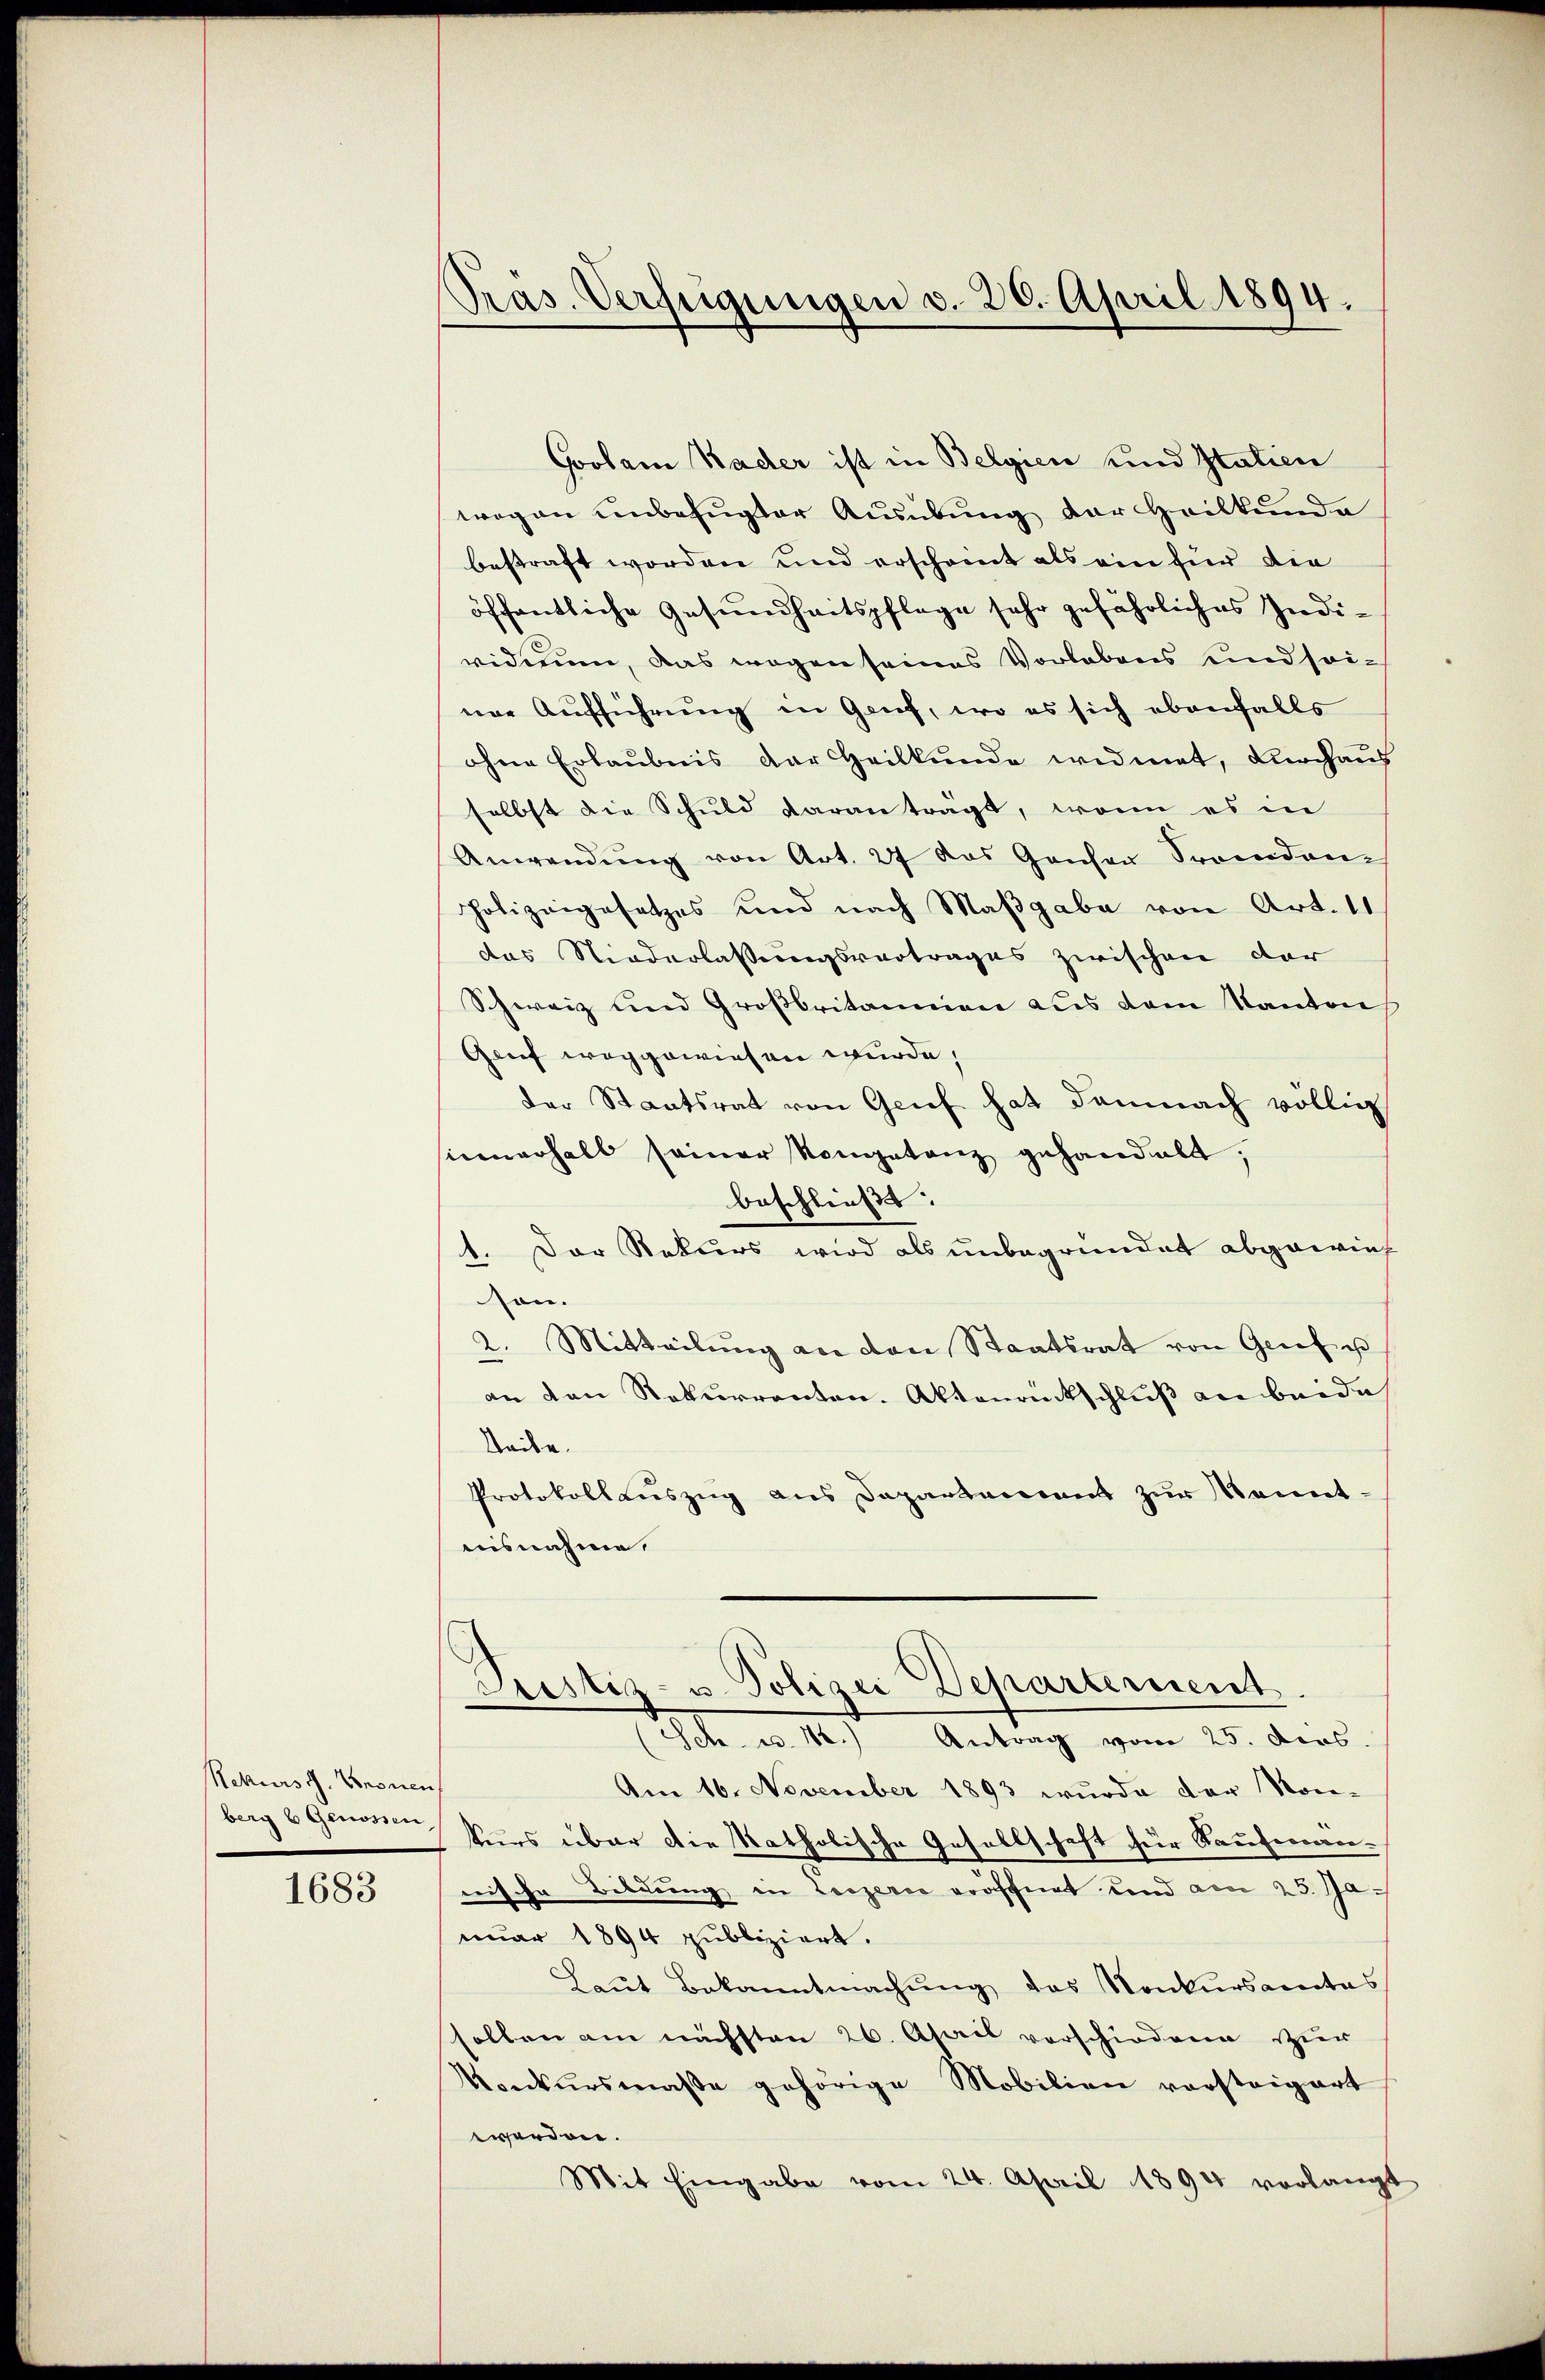
Rekurs d. Veronen

1683

Präs. Verfügungen v. 26. April 1894.

Goolam Kader ist in Belgien und Italien
wegen unbefugter Ausübung der Heilkunde
bestraft worden und erscheint als ein für die
öffentliche Gesundheitspflege sehr gefährliches Individerum, das wegen seines Vorlebens und seiner Aufführung in Genf, wo es sich ebenfalls
ohne Erlaubnis der Heilkunde widmet, durchaus
selbst die Schuld daran trägt, wenn es in
Anwendung von Art. 27 das Ganser Fremden¬
Polizeigesetzes und nach Maßgabe von Art. 11
das Niederlassungsvertrages zwischen der
Schweiz und Großbritannien aus dem Kantons
Glief weggewiesen wurde,
der Staatsrat von Genf hat damnach völlig
sinnerhalb seiner Kongetanz gehandelt,
beschließt:
1. Der Rekurs wird als unbegründet abgewies
son.
2. Mitteilŭng an den Staatsrat von Grief es
an den Rekurrenten. Aktenrückschluß an beide
Seite.
Protokollauszug aus Departement zur Kenntaisnahme.
Justiz- u. Polizei Departement
Ich. d. 14.) Antrag vom 25. ders.
Am 16. November 1893 wurde der Kon-
berg 6 Genossen kurs über die katholische Gesellschaft für Kaufmännische Bildung in Luzern eröffnet und am 25. Januar 1894 publiziert.
Laut Bekanntmachung des Konkursamtes
sollen am nächsten 26. April vorschiedene zur
Konkursmaße gehörige Mobilien vorsteigert
worden.
Mit Eingabe vom 24. April 1894 verlangt